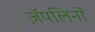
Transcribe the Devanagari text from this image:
ज़ॅपलिनों